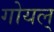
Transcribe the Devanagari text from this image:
गोयल्